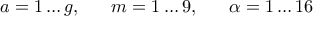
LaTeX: a = 1 \ldots g , \; \; \; \; \; \; m = 1 \ldots 9 , \; \; \; \; \; \; \alpha = 1 \ldots 1 6